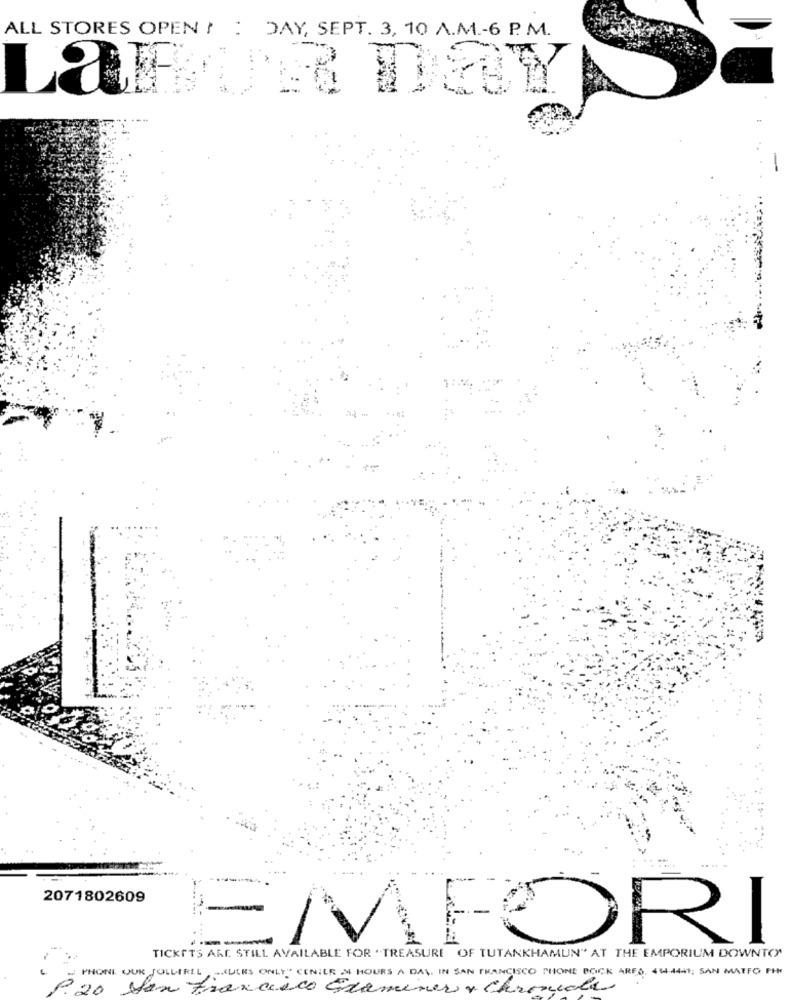
ALL STORES OPEN / : DAY, SEPT. 3, 10 A.M .- 6 P. M.
LaFUR DEEY
2071802609
-
FORI
TICKETS ARE STILL AVAILABLE FOR .TREASURE OF TUTANKHAMUN" AT THE EMPORIUM DOWNTO"
PHONI OUR JOLLIRLL -JULES ONLY" CENILE M HOURS A DAY, IN SAN FRANCISCO PHONE BOCK ARES, 414-44-11; SAN MATEO FH
20
San Francisco Gramener , Chronicles